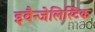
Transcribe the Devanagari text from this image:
इवैन्जेलिस्टिक